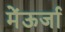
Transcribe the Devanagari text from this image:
मेंऊर्जा